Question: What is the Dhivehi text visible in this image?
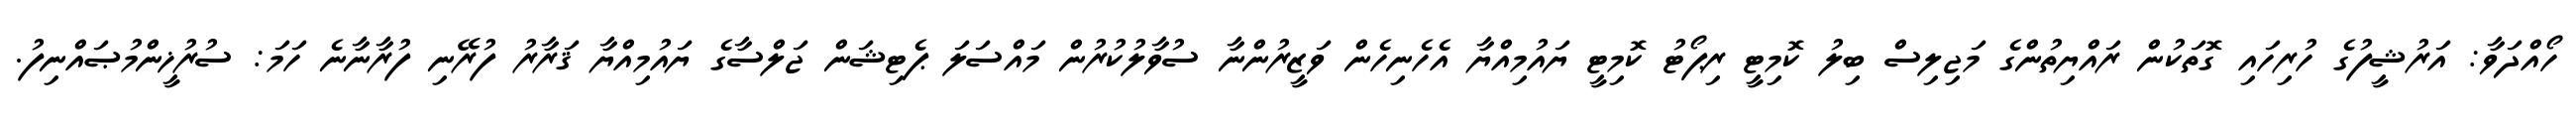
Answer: ހޯއްދަވާ: އަރުޝީފުގެ ހުރިހައި ގޮތަކުން ރައްޔިތުންގެ މަޖިލިސް ބިލު ކޮމިޓީ ރިޕޯޓު ކޮމިޓީ ޔައުމިއްޔާ އެހެނިހެން ވަޒީރުންނާ ސުވާލުކުރުން މައްސަލަ ޕެޓިޝަން ޖަލްސާގެ ޔައުމިއްޔާ ޤަރާރު ފުރޭނި ފުރާނާނެ ހަމަ: ސުރުޚީންމުޞައްނިފު.